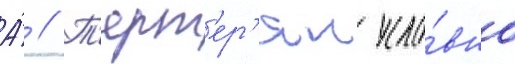
А́ // Т'ерт'ер'ян усло́вно